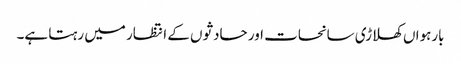
بارہواں کھلاڑی سانحات اور حادثوں کے انتظار میں رہتا ہے۔